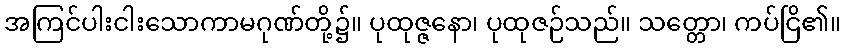
အကြင်ပါးငါးသောကာမဂုဏ်တို့၌။ ပုထုဇ္ဇနော၊ ပုထုဇဉ်သည်။ သတ္တော၊ ကပ်ငြိ၏။